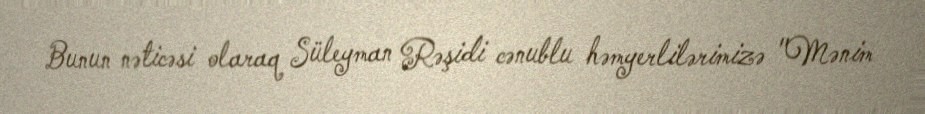
Bunun nəticəsi olaraq Süleyman Rəşidi cənublu həmyerlilərimizə "Mənim